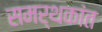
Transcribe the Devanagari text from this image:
समर्थकांत